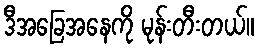
ဒီအခြေအနေကို မုန်းတီးတယ်။